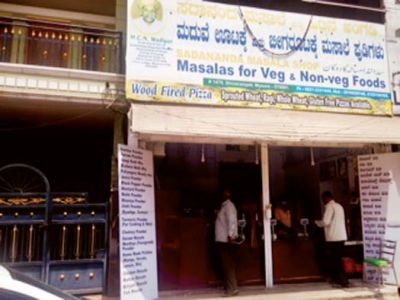
Language: kannada
Transcription: ಮದುವೆ